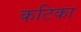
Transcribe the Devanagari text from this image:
कटिका